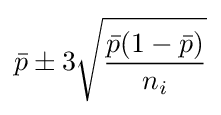
{\bar {p}}\pm 3{\sqrt {\frac {{\bar {p}}(1-{\bar {p}})}{n_{i}}}}